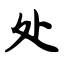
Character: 处